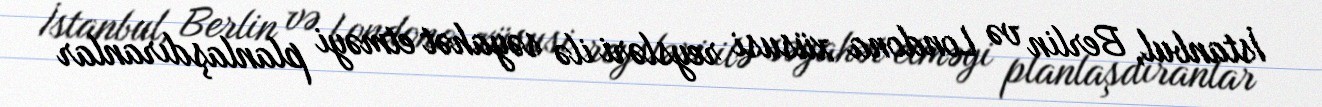
İstanbul, Berlin və Londona xüsusi reysləri ilə səyahət etməyi planlaşdıranlar